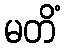
မတိံ